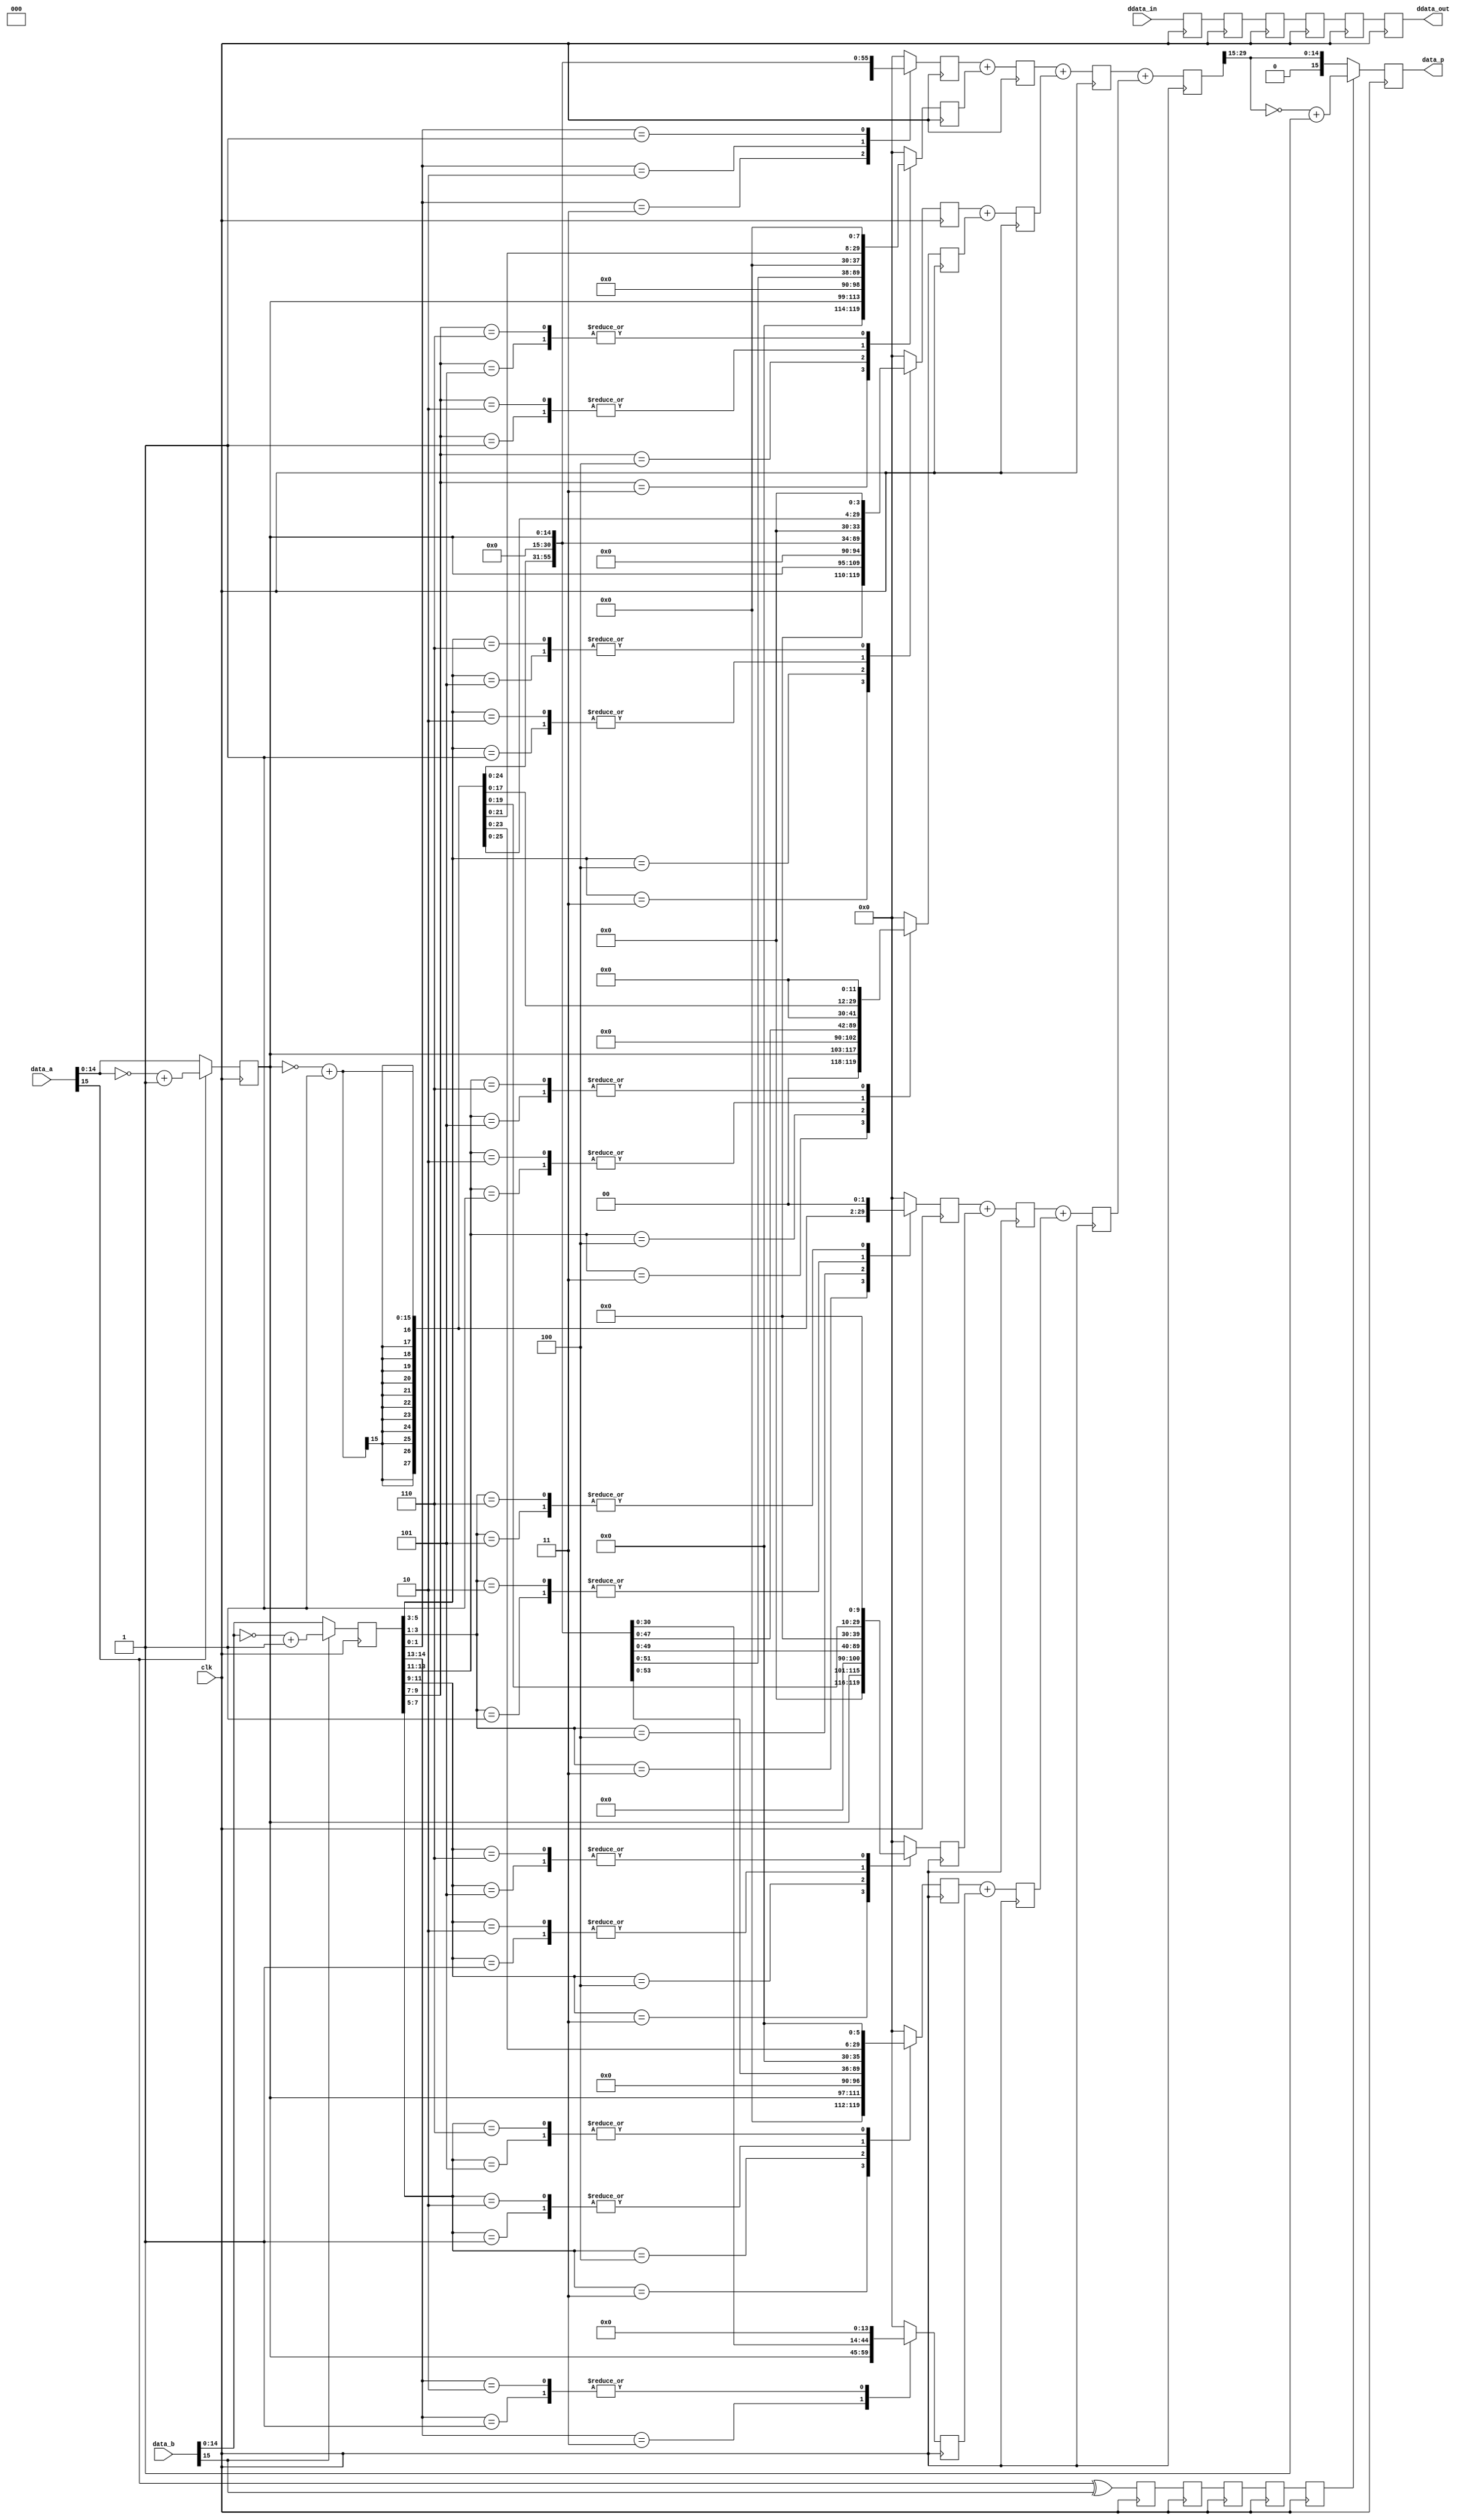
// ***************************************************************************
// ***************************************************************************
// Copyright 2011(c) Analog Devices, Inc.
// 
// All rights reserved.
// 
// Redistribution and use in source and binary forms, with or without modification,
// are permitted provided that the following conditions are met:
//     - Redistributions of source code must retain the above copyright
//       notice, this list of conditions and the following disclaimer.
//     - Redistributions in binary form must reproduce the above copyright
//       notice, this list of conditions and the following disclaimer in
//       the documentation and/or other materials provided with the
//       distribution.
//     - Neither the name of Analog Devices, Inc. nor the names of its
//       contributors may be used to endorse or promote products derived
//       from this software without specific prior written permission.
//     - The use of this software may or may not infringe the patent rights
//       of one or more patent holders.  This license does not release you
//       from the requirement that you obtain separate licenses from these
//       patent holders to use this software.
//     - Use of the software either in source or binary form, must be run
//       on or directly connected to an Analog Devices Inc. component.
//    
// THIS SOFTWARE IS PROVIDED BY ANALOG DEVICES "AS IS" AND ANY EXPRESS OR IMPLIED WARRANTIES,
// INCLUDING, BUT NOT LIMITED TO, NON-INFRINGEMENT, MERCHANTABILITY AND FITNESS FOR A
// PARTICULAR PURPOSE ARE DISCLAIMED.
//
// IN NO EVENT SHALL ANALOG DEVICES BE LIABLE FOR ANY DIRECT, INDIRECT, INCIDENTAL, SPECIAL,
// EXEMPLARY, OR CONSEQUENTIAL DAMAGES (INCLUDING, BUT NOT LIMITED TO, INTELLECTUAL PROPERTY
// RIGHTS, PROCUREMENT OF SUBSTITUTE GOODS OR SERVICES; LOSS OF USE, DATA, OR PROFITS; OR 
// BUSINESS INTERRUPTION) HOWEVER CAUSED AND ON ANY THEORY OF LIABILITY, WHETHER IN CONTRACT,
// STRICT LIABILITY, OR TORT (INCLUDING NEGLIGENCE OR OTHERWISE) ARISING IN ANY WAY OUT OF 
// THE USE OF THIS SOFTWARE, EVEN IF ADVISED OF THE POSSIBILITY OF SUCH DAMAGE.
// ***************************************************************************
// ***************************************************************************
// ***************************************************************************
// ***************************************************************************

`timescale 1ps/1ps

module cf_muls (

  // data_p = data_a (signed) * data_b (signed) (fractions only)
  clk,
  data_a,
  data_b,
  data_p,

  // ddata_out is internal pipe-line matched for ddata_in
  ddata_in,
  ddata_out);

  // delayed data bus width
  parameter DELAY_DATA_WIDTH = 16;
  parameter DW = DELAY_DATA_WIDTH - 1;

  input           clk;
  input   [15:0]  data_a;
  input   [15:0]  data_b;
  output  [15:0]  data_p;
  input   [DW:0]  ddata_in;
  output  [DW:0]  ddata_out;

  reg     [DW:0]  p1_ddata = 'd0;
  reg             p1_sign = 'd0;
  reg     [14:0]  p1_data_a = 'd0;
  reg     [14:0]  p1_data_b = 'd0;
  reg     [DW:0]  p2_ddata = 'd0;
  reg             p2_sign = 'd0;
  reg     [29:0]  p2_data_p_0 = 'd0;
  reg     [29:0]  p2_data_p_1 = 'd0;
  reg     [29:0]  p2_data_p_2 = 'd0;
  reg     [29:0]  p2_data_p_3 = 'd0;
  reg     [29:0]  p2_data_p_4 = 'd0;
  reg     [29:0]  p2_data_p_5 = 'd0;
  reg     [29:0]  p2_data_p_6 = 'd0;
  reg     [29:0]  p2_data_p_7 = 'd0;
  reg     [DW:0]  p3_ddata = 'd0;
  reg             p3_sign = 'd0;
  reg     [29:0]  p3_data_p_0 = 'd0;
  reg     [29:0]  p3_data_p_1 = 'd0;
  reg     [29:0]  p3_data_p_2 = 'd0;
  reg     [29:0]  p3_data_p_3 = 'd0;
  reg     [DW:0]  p4_ddata = 'd0;
  reg             p4_sign = 'd0;
  reg     [29:0]  p4_data_p_0 = 'd0;
  reg     [29:0]  p4_data_p_1 = 'd0;
  reg     [DW:0]  p5_ddata = 'd0;
  reg             p5_sign = 'd0;
  reg     [29:0]  p5_data_p = 'd0;
  reg     [DW:0]  ddata_out = 'd0;
  reg     [15:0]  data_p = 'd0;

  wire    [15:0]  p1_data_a_s;
  wire    [15:0]  p1_data_b_s;
  wire    [15:0]  p2_data_a_1p_16_s;
  wire    [15:0]  p2_data_a_1n_16_s;
  wire    [29:0]  p2_data_a_1p_s;
  wire    [29:0]  p2_data_a_1n_s;
  wire    [29:0]  p2_data_a_2p_s;
  wire    [29:0]  p2_data_a_2n_s;
  wire    [15:0]  p6_data_p_0_s;
  wire    [15:0]  p6_data_p_1_s;

  // pipe line stage 1, get the two's complement versions

  assign p1_data_a_s = ~data_a + 1'b1;
  assign p1_data_b_s = ~data_b + 1'b1;

  always @(posedge clk) begin
    p1_ddata <= ddata_in;
    p1_sign <= data_a[15] ^ data_b[15];
    p1_data_a <= (data_a[15] == 1'b1) ? p1_data_a_s[14:0] : data_a[14:0];
    p1_data_b <= (data_b[15] == 1'b1) ? p1_data_b_s[14:0] : data_b[14:0];
  end

  // pipe line stage 2, get the partial products

  assign p2_data_a_1p_16_s = {1'b0, p1_data_a};
  assign p2_data_a_1n_16_s = ~p2_data_a_1p_16_s + 1'b1;

  assign p2_data_a_1p_s = {{14{p2_data_a_1p_16_s[15]}}, p2_data_a_1p_16_s};
  assign p2_data_a_1n_s = {{14{p2_data_a_1n_16_s[15]}}, p2_data_a_1n_16_s};
  assign p2_data_a_2p_s = {{13{p2_data_a_1p_16_s[15]}}, p2_data_a_1p_16_s, 1'b0};
  assign p2_data_a_2n_s = {{13{p2_data_a_1n_16_s[15]}}, p2_data_a_1n_16_s, 1'b0};

  always @(posedge clk) begin
    p2_ddata <= p1_ddata;
    p2_sign <= p1_sign;
    case (p1_data_b[1:0])
      2'b11: p2_data_p_0 <= p2_data_a_1n_s;
      2'b10: p2_data_p_0 <= p2_data_a_2n_s;
      2'b01: p2_data_p_0 <= p2_data_a_1p_s;
      default: p2_data_p_0 <= 30'd0;
    endcase
    case (p1_data_b[3:1])
      3'b011: p2_data_p_1 <= {p2_data_a_2p_s[27:0], 2'd0};
      3'b100: p2_data_p_1 <= {p2_data_a_2n_s[27:0], 2'd0};
      3'b001: p2_data_p_1 <= {p2_data_a_1p_s[27:0], 2'd0};
      3'b010: p2_data_p_1 <= {p2_data_a_1p_s[27:0], 2'd0};
      3'b101: p2_data_p_1 <= {p2_data_a_1n_s[27:0], 2'd0};
      3'b110: p2_data_p_1 <= {p2_data_a_1n_s[27:0], 2'd0};
      default: p2_data_p_1 <= 30'd0;
    endcase
    case (p1_data_b[5:3])
      3'b011: p2_data_p_2 <= {p2_data_a_2p_s[25:0], 4'd0};
      3'b100: p2_data_p_2 <= {p2_data_a_2n_s[25:0], 4'd0};
      3'b001: p2_data_p_2 <= {p2_data_a_1p_s[25:0], 4'd0};
      3'b010: p2_data_p_2 <= {p2_data_a_1p_s[25:0], 4'd0};
      3'b101: p2_data_p_2 <= {p2_data_a_1n_s[25:0], 4'd0};
      3'b110: p2_data_p_2 <= {p2_data_a_1n_s[25:0], 4'd0};
      default: p2_data_p_2 <= 30'd0;
    endcase
    case (p1_data_b[7:5])
      3'b011: p2_data_p_3 <= {p2_data_a_2p_s[23:0], 6'd0};
      3'b100: p2_data_p_3 <= {p2_data_a_2n_s[23:0], 6'd0};
      3'b001: p2_data_p_3 <= {p2_data_a_1p_s[23:0], 6'd0};
      3'b010: p2_data_p_3 <= {p2_data_a_1p_s[23:0], 6'd0};
      3'b101: p2_data_p_3 <= {p2_data_a_1n_s[23:0], 6'd0};
      3'b110: p2_data_p_3 <= {p2_data_a_1n_s[23:0], 6'd0};
      default: p2_data_p_3 <= 30'd0;
    endcase
    case (p1_data_b[9:7])
      3'b011: p2_data_p_4 <= {p2_data_a_2p_s[21:0], 8'd0};
      3'b100: p2_data_p_4 <= {p2_data_a_2n_s[21:0], 8'd0};
      3'b001: p2_data_p_4 <= {p2_data_a_1p_s[21:0], 8'd0};
      3'b010: p2_data_p_4 <= {p2_data_a_1p_s[21:0], 8'd0};
      3'b101: p2_data_p_4 <= {p2_data_a_1n_s[21:0], 8'd0};
      3'b110: p2_data_p_4 <= {p2_data_a_1n_s[21:0], 8'd0};
      default: p2_data_p_4 <= 30'd0;
    endcase
    case (p1_data_b[11:9])
      3'b011: p2_data_p_5 <= {p2_data_a_2p_s[19:0], 10'd0};
      3'b100: p2_data_p_5 <= {p2_data_a_2n_s[19:0], 10'd0};
      3'b001: p2_data_p_5 <= {p2_data_a_1p_s[19:0], 10'd0};
      3'b010: p2_data_p_5 <= {p2_data_a_1p_s[19:0], 10'd0};
      3'b101: p2_data_p_5 <= {p2_data_a_1n_s[19:0], 10'd0};
      3'b110: p2_data_p_5 <= {p2_data_a_1n_s[19:0], 10'd0};
      default: p2_data_p_5 <= 30'd0;
    endcase
    case (p1_data_b[13:11])
      3'b011: p2_data_p_6 <= {p2_data_a_2p_s[17:0], 12'd0};
      3'b100: p2_data_p_6 <= {p2_data_a_2n_s[17:0], 12'd0};
      3'b001: p2_data_p_6 <= {p2_data_a_1p_s[17:0], 12'd0};
      3'b010: p2_data_p_6 <= {p2_data_a_1p_s[17:0], 12'd0};
      3'b101: p2_data_p_6 <= {p2_data_a_1n_s[17:0], 12'd0};
      3'b110: p2_data_p_6 <= {p2_data_a_1n_s[17:0], 12'd0};
      default: p2_data_p_6 <= 30'd0;
    endcase
    case (p1_data_b[14:13])
      2'b11: p2_data_p_7 <= {p2_data_a_2p_s[15:0], 14'd0};
      2'b01: p2_data_p_7 <= {p2_data_a_1p_s[15:0], 14'd0};
      2'b10: p2_data_p_7 <= {p2_data_a_1p_s[15:0], 14'd0};
      default: p2_data_p_7 <= 30'd0;
    endcase
  end

  // pipe line stage 3, get the sum of partial products - 8->4

  always @(posedge clk) begin
    p3_ddata <= p2_ddata;
    p3_sign <= p2_sign;
    p3_data_p_0 <= p2_data_p_0 + p2_data_p_4;
    p3_data_p_1 <= p2_data_p_1 + p2_data_p_5;
    p3_data_p_2 <= p2_data_p_2 + p2_data_p_6;
    p3_data_p_3 <= p2_data_p_3 + p2_data_p_7;
  end

  // pipe line stage 4, get the sum of partial products - 4->2

  always @(posedge clk) begin
    p4_ddata <= p3_ddata;
    p4_sign <= p3_sign;
    p4_data_p_0 <= p3_data_p_0 + p3_data_p_2;
    p4_data_p_1 <= p3_data_p_1 + p3_data_p_3;
  end

  // pipe line stage 5, get the sum of partial products - 2->1

  always @(posedge clk) begin
    p5_ddata <= p4_ddata;
    p5_sign <= p4_sign;
    p5_data_p <= p4_data_p_0 + p4_data_p_1;
  end

  // output registers (data is rounded to 16bits)

  assign p6_data_p_0_s = {1'd0, p5_data_p[29:15]};
  assign p6_data_p_1_s = ~p6_data_p_0_s + 1'b1;

  always @(posedge clk) begin
    ddata_out <= p5_ddata;
    if (p5_sign == 1'b1) begin
      data_p <= p6_data_p_1_s;
    end else begin
      data_p <= p6_data_p_0_s;
    end
  end

endmodule

// ***************************************************************************
// ***************************************************************************